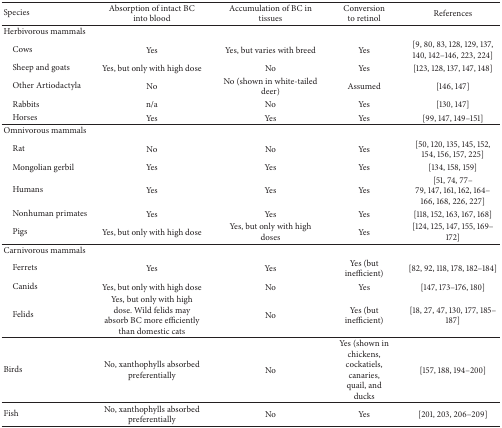
<table><thead><tr><td><b>Species</b></td><td><b>Absorption of intact BC into blood</b></td><td><b>Accumulation of BC in tissues</b></td><td><b>Conversion to retinol</b></td><td><b>References</b></td></tr></thead><tbody><tr><td>Herbivorous mammals</td><td> </td><td> </td><td> </td><td> </td></tr><tr><td> Cows</td><td>Yes</td><td>Yes, but varies with breed</td><td>Yes</td><td>[9, 80, 83, 128, 129, 137, 140, 142–146, 223, 224]</td></tr><tr><td> Sheep and goats</td><td>Yes, but only with high dose</td><td>No</td><td>Yes</td><td>[123, 128, 137, 147, 148]</td></tr><tr><td> Other Artiodactyla</td><td>No</td><td>No (shown in white-tailed deer)</td><td>Assumed</td><td>[146, 147]</td></tr><tr><td> Rabbits</td><td>n/a</td><td>No</td><td>Yes</td><td>[130, 147]</td></tr><tr><td> Horses</td><td>Yes</td><td>Yes</td><td>Yes</td><td>[99, 147, 149–151]</td></tr><tr><td>Omnivorous mammals</td><td> </td><td> </td><td> </td><td> </td></tr><tr><td> Rat</td><td>No</td><td>No</td><td>Yes</td><td>[50, 120, 135, 145, 152, 154, 156, 157, 225]</td></tr><tr><td> Mongolian gerbil</td><td>Yes</td><td>Yes</td><td>Yes</td><td>[134, 158, 159]</td></tr><tr><td> Humans</td><td>Yes</td><td>Yes</td><td>Yes</td><td>[51, 74, 77–79, 147, 161, 162, 164–166, 168, 226, 227]</td></tr><tr><td> Nonhuman primates</td><td>Yes</td><td>Yes</td><td>Yes</td><td>[118, 152, 163, 167, 168]</td></tr><tr><td> Pigs</td><td>Yes, but only with high dose</td><td>Yes, but only with high doses</td><td>Yes</td><td>[124, 125, 147, 155, 169–172]</td></tr><tr><td>Carnivorous mammals</td><td> </td><td> </td><td> </td><td> </td></tr><tr><td> Ferrets</td><td>Yes</td><td>Yes</td><td>Yes (but inefficient)</td><td> [82, 92, 118, 178, 182–184]</td></tr><tr><td> Canids</td><td>Yes, but only with high dose</td><td>No</td><td>Yes</td><td>[147, 173–176, 180]</td></tr><tr><td> Felids</td><td>Yes, but only with high dose. Wild felids may absorb BC more efficiently than domestic cats</td><td>No</td><td>Yes (but inefficient)</td><td>[18, 27, 47, 130, 177, 185–187]</td></tr><tr><td>Birds</td><td>No, xanthophylls absorbed preferentially</td><td>No</td><td>Yes (shown in chickens, cockatiels, canaries, quail, and ducks</td><td>[157, 188, 194–200]</td></tr><tr><td>Fish</td><td>No, xanthophylls absorbed preferentially</td><td>No</td><td>Yes</td><td>[201, 203, 206–209]</td></tr></tbody></table>